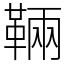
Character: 䩫